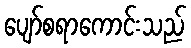
ပျော်စရာကောင်းသည်